Scottish Leaving Certificate Examination, 1960
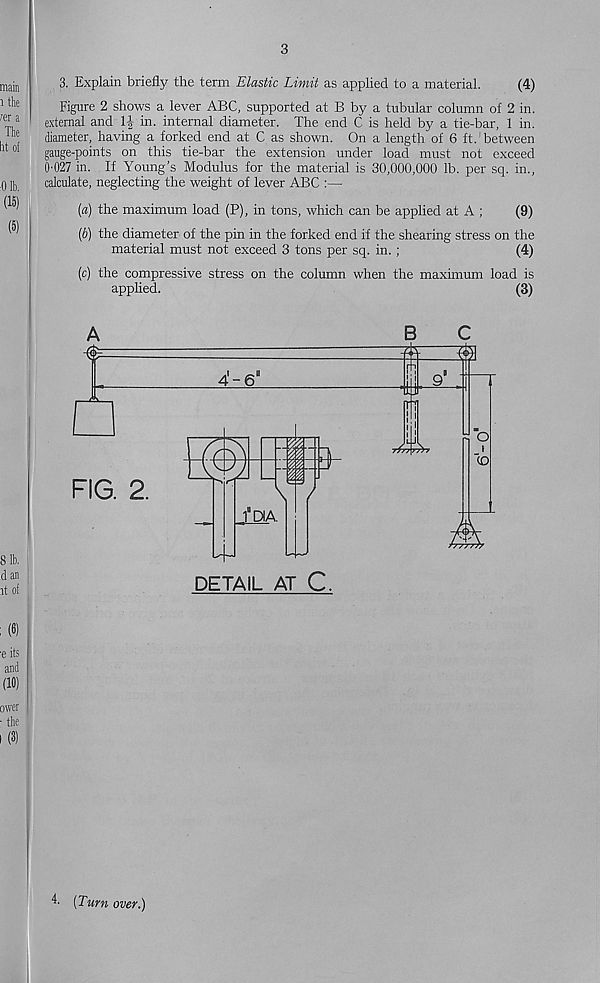
3
3. Explain briefly the term Elastic Limit as applied to a material.
(4)
Figure 2 shows a lever ABC, supported at B by a tubular column of 2 in.
external and
in. internal diameter. The end C is held by a tie-bar, 1 in.
diameter, having a forked end at C as shown. On a length of 6 ft.’between
gauge-points on this tie-bar the extension under load must not exceed
0'027 in. If Young’s Modulus for the material is 30,000,000 lb. per sq. in.,
calculate, neglecting the weight of lever ABC :—
{a) the maximum load (P), in tons, which can be applied at A ;
(9)
(6) the diameter of the pin in the forked end if the shearing stress on the
material must not exceed 3 tons per sq. in. ;
(4)
(c) the compressive stress on the column when the maximum load is
applied.
(3)
DETAIL AT C.
4' [Turn over.)